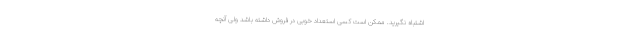
اشتباه نگیرید. ممکن است کسی استعداد خوبی در فروش داشته باشد ولی آنچه